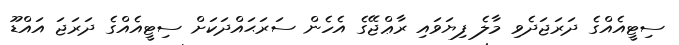
ސިޓީއެއްގެ ދަރަޖަދެވި މާލެ ފިޔަވައި ރާޢްޖޭގެ އެހެން ސަރަޙައްދަކަށް ސިޓީއެއްގެ ދަރަޖަ އައްޑޫ